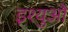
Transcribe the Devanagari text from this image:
इश्युओं